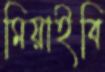
মিয়াইবি